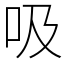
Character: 吸